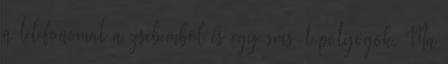
a telefonomat a zsebemből és egy sms-t pötyögök. Ma